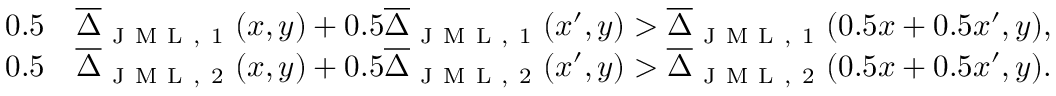
\begin{array} { r l } { 0 . 5 } & { { } \overline { { \Delta } } _ { \mathrm { ~ J ~ M ~ L ~ , ~ 1 ~ } } ( x , y ) + 0 . 5 \overline { { \Delta } } _ { \mathrm { ~ J ~ M ~ L ~ , ~ 1 ~ } } ( x ^ { \prime } , y ) > \overline { { \Delta } } _ { \mathrm { ~ J ~ M ~ L ~ , ~ 1 ~ } } ( 0 . 5 x + 0 . 5 x ^ { \prime } , y ) , } \\ { 0 . 5 } & { { } \overline { { \Delta } } _ { \mathrm { ~ J ~ M ~ L ~ , ~ 2 ~ } } ( x , y ) + 0 . 5 \overline { { \Delta } } _ { \mathrm { ~ J ~ M ~ L ~ , ~ 2 ~ } } ( x ^ { \prime } , y ) > \overline { { \Delta } } _ { \mathrm { ~ J ~ M ~ L ~ , ~ 2 ~ } } ( 0 . 5 x + 0 . 5 x ^ { \prime } , y ) . } \end{array}